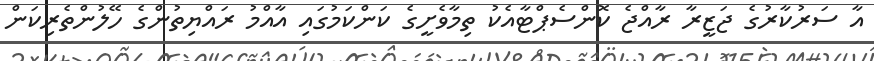
އާ ސަރުކާރުގެ ޖަޒީރާ ރާއްޖެ ކޮންސެޕްޓާއެކު ތިމާވެށީގެ ކަންކަމުގައި އާއްމު ރައްޔިތުންގެ ހޭލުންތެރިކަން